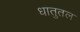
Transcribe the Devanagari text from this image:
धातुतल